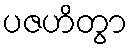
ပဇဟိတွာ